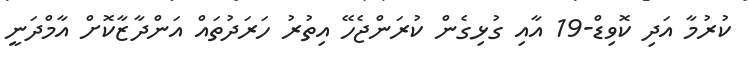
ކުރުމާ އަދި ކޮވިޑް-19 އާއި ގުޅިގެން ކުރަންޖެހޭ އިތުރު ހަރަދުތައް އަންދާޒާކޮށް އާމްދަނީ